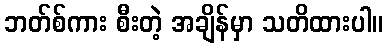
ဘတ်စ်ကား စီးတဲ့ အချိန်မှာ သတိထားပါ။